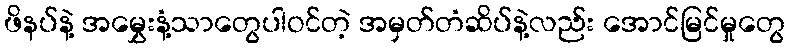
ဖိနပ်နဲ့ အမွှေးနံ့သာတွေပါဝင်တဲ့ အမှတ်တံဆိပ်နဲ့လည်း အောင်မြင်မှုတွေ